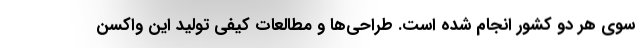
سوی هر دو کشور انجام شده است. طراحی‌ها و مطالعات کیفی تولید این واکسن